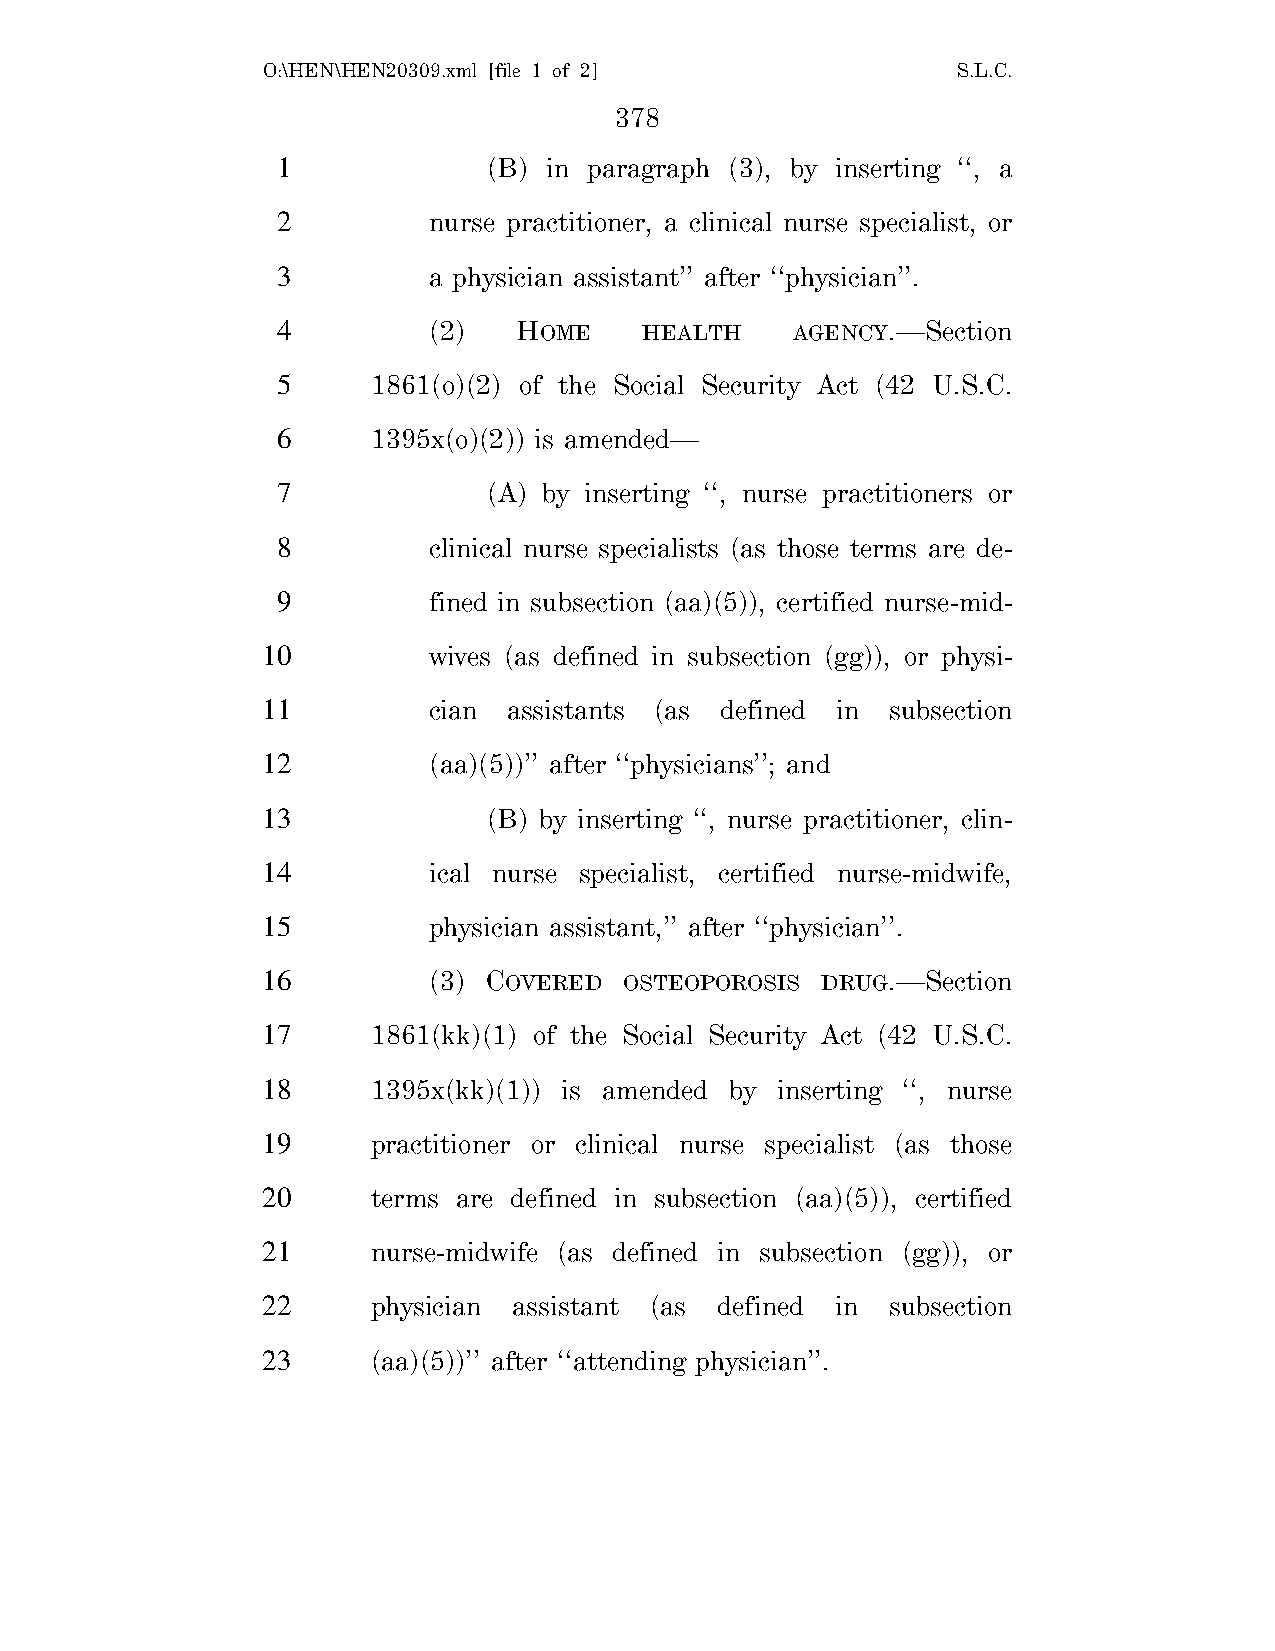
O:\HEN\HEN20309.xml [file 1 of 2]             S.L.C.
 378
 1             (B) in paragraph (3), by inserting ‘‘, a
 2         nurse practitioner, a clinical nurse specialist, or
 3         a physician assistant’’ after ‘‘physician’’.
 4         (2)   HOME     HEALTH   AGENCY.—Section
 5      1861(o)(2) of the Social Security Act (42 U.S.C.
 6      1395x(o)(2)) is amended—
 7             (A) by inserting ‘‘, nurse practitioners or
 8         clinical nurse specialists (as those terms are de-
 9         fined in subsection (aa)(5)), certified nurse-mid-
 10         wives (as defined in subsection (gg)), or physi-
 11         cian  assistants (as defined in subsection
 12         (aa)(5))’’ after ‘‘physicians’’; and
 13             (B) by inserting ‘‘, nurse practitioner, clin-
 14         ical nurse specialist, certified nurse-midwife,
 15         physician assistant,’’ after ‘‘physician’’.
 16         (3) COVERED  OSTEOPOROSIS DRUG.—Section
 17      1861(kk)(1) of the Social Security Act (42 U.S.C.
 18      1395x(kk)(1)) is amended by inserting ‘‘, nurse
 19      practitioner or clinical nurse specialist (as those
 20      terms are defined in subsection (aa)(5)), certified
 21      nurse-midwife (as defined in subsection (gg)), or
 22      physician assistant (as defined in subsection
 23      (aa)(5))’’ after ‘‘attending physician’’.